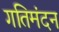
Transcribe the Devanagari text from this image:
गतिमंदन